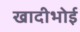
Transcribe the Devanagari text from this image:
खादीभोई